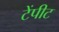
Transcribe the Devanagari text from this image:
टेंपीट